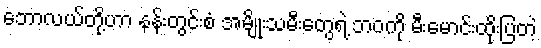
ဘောလယ်တို့ဟာ နန်းတွင်းစံ အမျိုးသမီးတွေရဲ့ ဘဝကို မီးမောင်းထိုးပြတဲ့